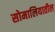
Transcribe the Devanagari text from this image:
सोमालियातील